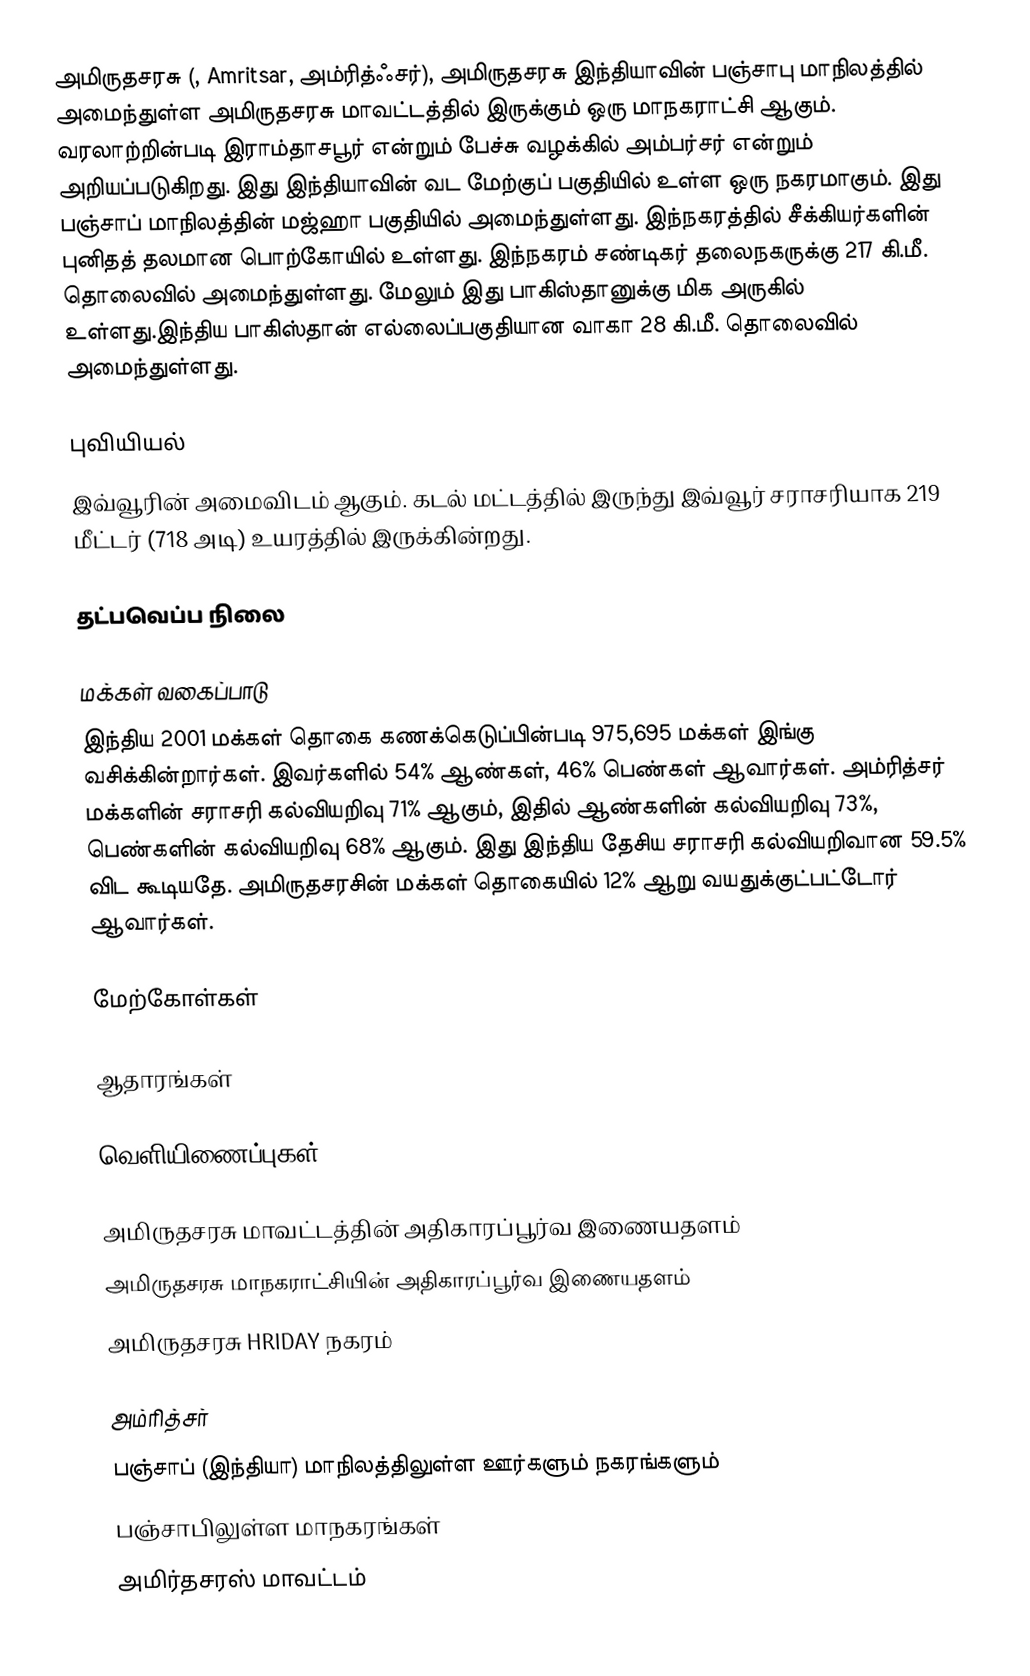
அமிருதசரசு (, Amritsar, அம்ரித்ஃசர்), அமிருதசரசு இந்தியாவின் பஞ்சாபு மாநிலத்தில் அமைந்துள்ள அமிருதசரசு மாவட்டத்தில் இருக்கும் ஒரு மாநகராட்சி ஆகும். வரலாற்றின்படி இராம்தாசபூர் என்றும் பேச்சு வழக்கில் அம்பர்சர் என்றும் அறியப்படுகிறது. இது இந்தியாவின் வட மேற்குப் பகுதியில் உள்ள ஒரு நகரமாகும். இது பஞ்சாப் மாநிலத்தின் மஜ்ஹா பகுதியில் அமைந்துள்ளது. இந்நகரத்தில் சீக்கியர்களின் புனிதத் தலமான பொற்கோயில் உள்ளது. இந்நகரம் சண்டிகர் தலைநகருக்கு 217 கி.மீ. தொலைவில் அமைந்துள்ளது. மேலும் இது பாகிஸ்தானுக்கு மிக  அருகில் உள்ளது.இந்திய பாகிஸ்தான் எல்லைப்பகுதியான வாகா 28 கி.மீ. தொலைவில் அமைந்துள்ளது.

புவியியல்
இவ்வூரின் அமைவிடம்  ஆகும். கடல் மட்டத்தில் இருந்து இவ்வூர் சராசரியாக 219 மீட்டர் (718 அடி) உயரத்தில் இருக்கின்றது.

தட்பவெப்ப நிலை

மக்கள் வகைப்பாடு
இந்திய 2001 மக்கள் தொகை கணக்கெடுப்பின்படி 975,695 மக்கள் இங்கு வசிக்கின்றார்கள். இவர்களில் 54% ஆண்கள், 46% பெண்கள் ஆவார்கள். அம்ரித்சர் மக்களின் சராசரி கல்வியறிவு 71% ஆகும்,  இதில் ஆண்களின் கல்வியறிவு 73%,  பெண்களின் கல்வியறிவு 68% ஆகும். இது இந்திய தேசிய சராசரி கல்வியறிவான 59.5% விட கூடியதே. அமிருதசரசின் மக்கள் தொகையில் 12%  ஆறு வயதுக்குட்பட்டோர் ஆவார்கள்.

மேற்கோள்கள்

ஆதாரங்கள்

வெளியிணைப்புகள்

 அமிருதசரசு மாவட்டத்தின் அதிகாரப்பூர்வ இணையதளம்
 அமிருதசரசு மாநகராட்சியின் அதிகாரப்பூர்வ இணையதளம்
 அமிருதசரசு HRIDAY நகரம்

அம்ரித்சர்
பஞ்சாப் (இந்தியா) மாநிலத்திலுள்ள ஊர்களும் நகரங்களும்
பஞ்சாபிலுள்ள மாநகரங்கள்
அமிர்தசரஸ் மாவட்டம்